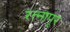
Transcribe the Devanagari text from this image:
रत्‍नापूर